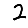
Digit: 2